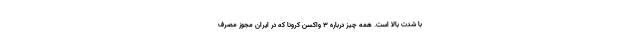
با شدت بالا است. همه چیز درباره ۳ واکسن کرونا که در ایران مجوز مصرف